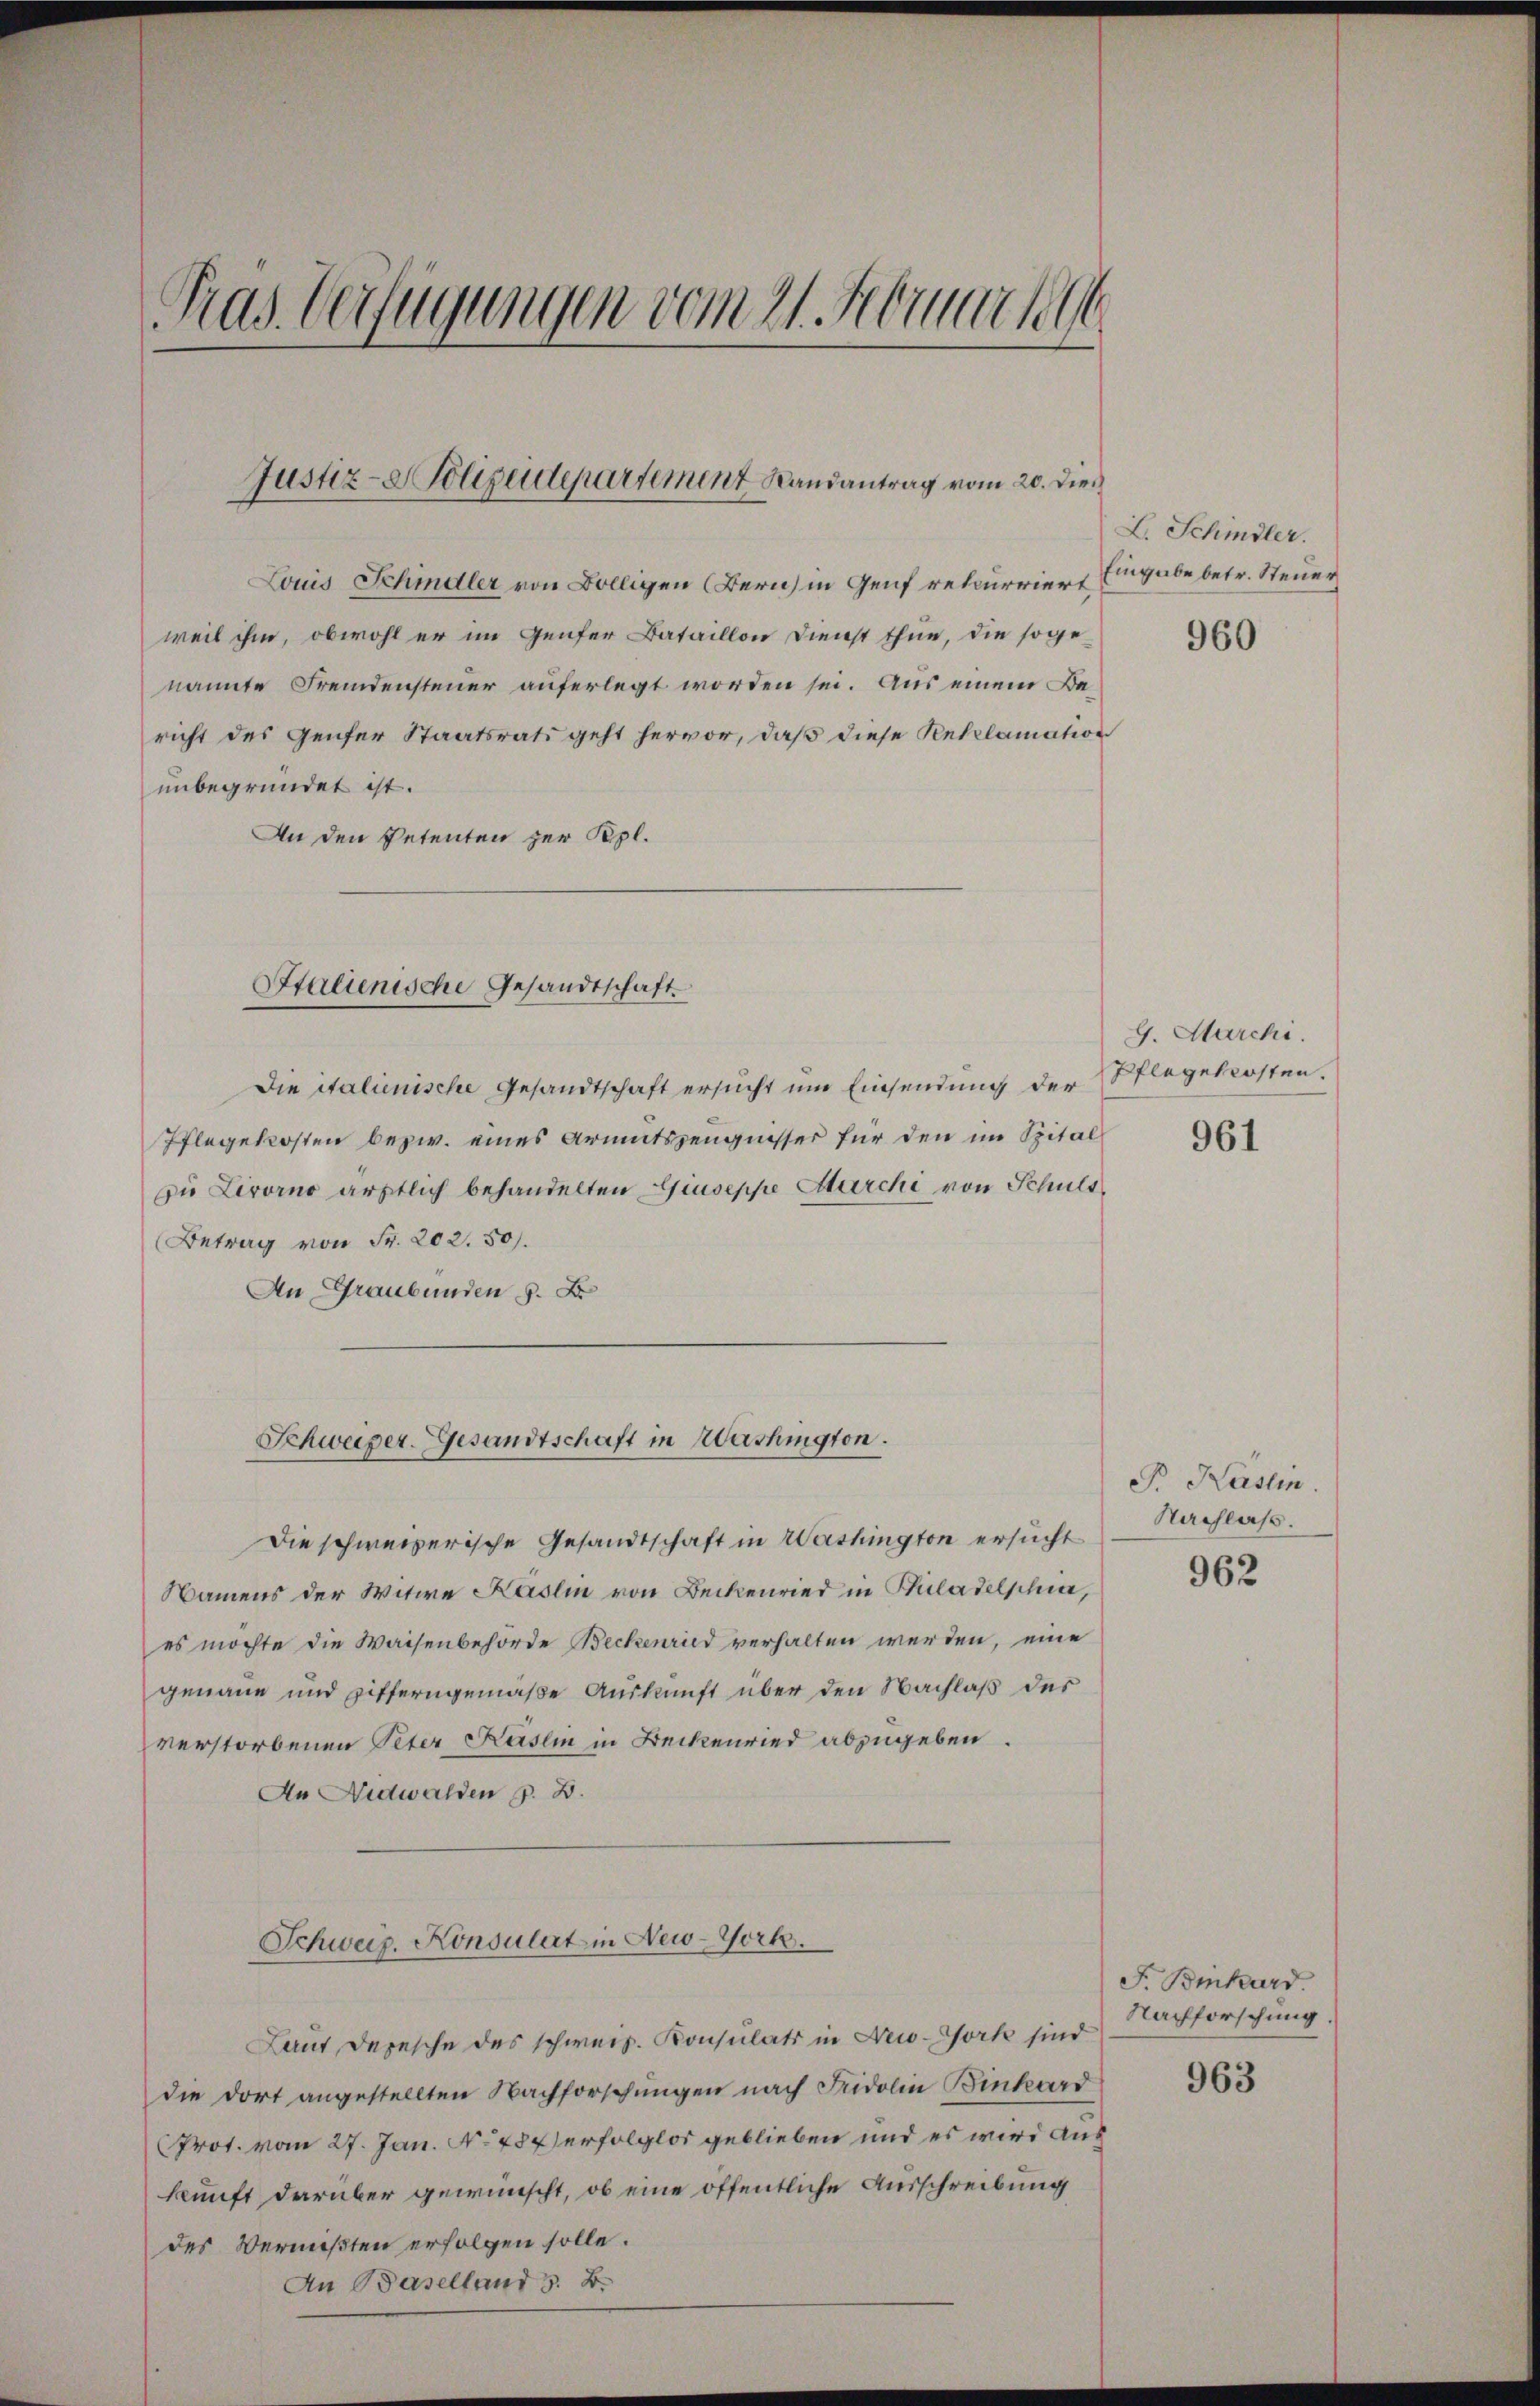
Pras Verfügungen vom 21. Februariel

Louis Schindler von Bölligen (Bern in Genf rekurriert Eingabe betr. Steuer
weil ihm, obwohl er im Genfer Bataillon Dienst thue, die soge-
nannte Fremdensteuer auferlegt worden sei. Aus einem Bericht des Genfer Staatsrats geht hervor, daß diese Reklamation
unbegründet ist.
An den Petenten zur Kepl.

Justiz-Polizeidepartement Randantrag vom 20. Dien

Stalienische Gesandtschaft.

Schweizer-Gesandtschaft in Washington.

Die italienische Gesandtschaft ersucht um Einsendung der Pflegekosten.
Pflegekosten bezw. eines Armutszeugnisser für den im Spital
zu Livorno ärztlich behandelten Giuseppe Marchi von Schuld
Betrag von Fr. 202. 50.
An Graubünden 5. B
Die schweizerische Gesandtschaft in Washington ersucht
Namens der Witwe Käslin von Beckenried in Philadelschine,
es möchte die Waisenbehörde Beckenried verhalten werden, eine
genaue und Zifferngemäße Auskunft über den Nachlaß des
verstorbenen Peter Käslin in Beckenried abzugeben.
An Nidwalden z. B.
Schweiz. Konsulat in New-Yorke.
Laut Depesche des schweiz. Konsulats in New-York sind
die dort angestellten Nachforschungen nach Fridolin Binkord
Prot. vom 27. Jan. No 484 erfolglos geblieben und es wird auf
kunft darüber gewünscht, ob eine öffentliche Ausschreibung
des Vermißten erfolgen solle.
An Baselland z. B.

L. Schindler.
960

G. Marchi

961

B Käslin
Nachlass.

962

F. Binhard.
Nachforschung.

963